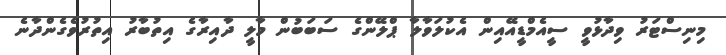
މިނިސްޓަރު ވިދާޅުވީ ސީއެމްޑީއޭއިން އެކުލަވާލާ ޕްލޭންގެ ސަބަބުން މާލީ ދާއިރާގެ އިތުބާރު އިތުރުވެގެންދާނެ